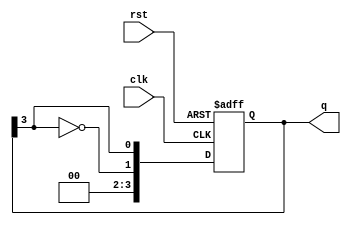
module johnson_counter #(
    parameter N = 4  // Configurable parameter for number of flip-flops, should be even
)(
    input wire clk,     // Clock input
    input wire rst,     // Reset input
    output reg [N-1:0] q  // Counter output representing the current state
);

    // Synchronous reset and shift logic
    always @(posedge clk or posedge rst) begin
        if (rst) begin
            // Reset the counter to all zeros
            q <= {N{1'b0}};
        end else begin
            // Johnson counter logic
            q <= {~q[N-1], q[N-1:N-1]};  // Shift and feed back the inverted last bit
        end
    end

endmodule